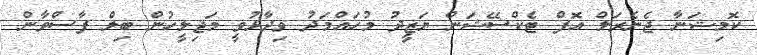
ކޮމިޝަނާ ޖެނެރަލް އޮފް ޓެކްސޭޝަން ޔަޒީދު މުހައްމަދު ވިދާޅުވީ މަޖިލީހުން ބިލް ފާސްވާން